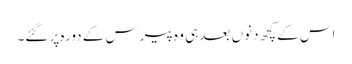
اس کے کچھ دنوں بعد ہی وہ پیرس کے دورہ پر گئے۔